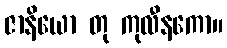
ဇာနိယော တု ကုလီနကော။